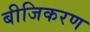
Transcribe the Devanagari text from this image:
बीजिकरण